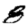
Digit: 8